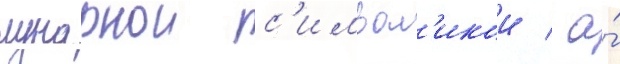
лунарнои с'имвол'икои / а́